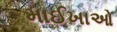
માઈખાઓ